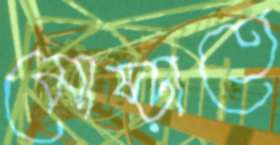
মোষ্‌ড়াতে